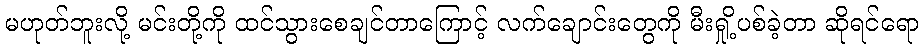
မဟုတ်ဘူးလို့ မင်းတို့ကို ထင်သွားစေချင်တာကြောင့် လက်ချောင်းတွေကို မီးရှို့ပစ်ခဲ့တာ ဆိုရင်ရော